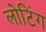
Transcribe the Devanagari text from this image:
लोटिंग